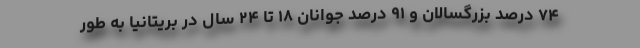
۷۴ درصد بزرگسالان و ۹۱ درصد جوانان ۱۸ تا ۲۴ سال در بریتانیا به طور